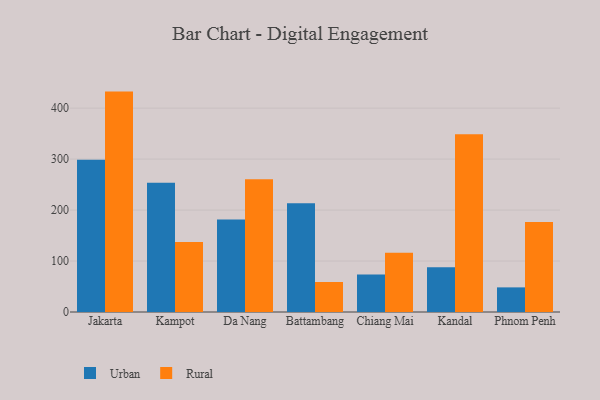
{"axis": {"x": "City", "y": "Production Output"}, "legend": ["Rural", "Urban"], "data": [{"x": "Jakarta", "y": 298.8, "type": "Urban"}, {"x": "Jakarta", "y": 432.4, "type": "Rural"}, {"x": "Kampot", "y": 253.4, "type": "Urban"}, {"x": "Kampot", "y": 137.5, "type": "Rural"}, {"x": "Da Nang", "y": 181.7, "type": "Urban"}, {"x": "Da Nang", "y": 260.2, "type": "Rural"}, {"x": "Battambang", "y": 213.3, "type": "Urban"}, {"x": "Battambang", "y": 58.9, "type": "Rural"}, {"x": "Chiang Mai", "y": 73.4, "type": "Urban"}, {"x": "Chiang Mai", "y": 116.0, "type": "Rural"}, {"x": "Kandal", "y": 87.9, "type": "Urban"}, {"x": "Kandal", "y": 348.7, "type": "Rural"}, {"x": "Phnom Penh", "y": 48.3, "type": "Urban"}, {"x": "Phnom Penh", "y": 176.8, "type": "Rural"}]}